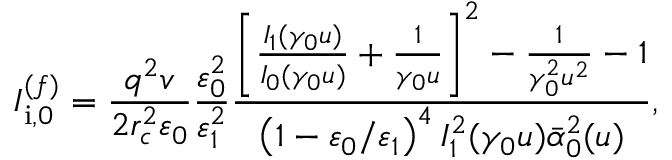
I _ { \mathrm { i } , 0 } ^ { ( f ) } = \frac { q ^ { 2 } v } { 2 r _ { c } ^ { 2 } \varepsilon _ { 0 } } \frac { \varepsilon _ { 0 } ^ { 2 } } { \varepsilon _ { 1 } ^ { 2 } } \frac { \left[ \frac { I _ { 1 } ( \gamma _ { 0 } u ) } { I _ { 0 } ( \gamma _ { 0 } u ) } + \frac { 1 } { \gamma _ { 0 } u } \right] ^ { 2 } - \frac { 1 } { \gamma _ { 0 } ^ { 2 } u ^ { 2 } } - 1 } { \left( 1 - \varepsilon _ { 0 } / \varepsilon _ { 1 } \right) ^ { 4 } I _ { 1 } ^ { 2 } ( \gamma _ { 0 } u ) \bar { \alpha } _ { 0 } ^ { 2 } ( u ) } ,